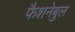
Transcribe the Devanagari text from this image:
फैशनेबुल